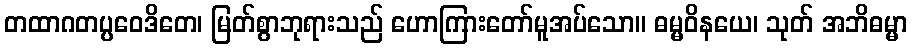
တထာဂတပ္ပဝေဒိတေ၊ မြတ်စွာဘုရားသည် ဟောကြားတော်မူအပ်သော။ ဓမ္မဝိနယေ၊ သုတ် အဘိဓမ္မာ